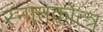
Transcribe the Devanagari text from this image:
स्नात्तकोत्त्र